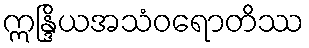
ဣန္ဒြိယအသံဝရောတိဿ